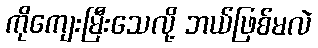
ကိုကျေးမြီးသေလို့ ဘယ်ဖြစ်မလဲ